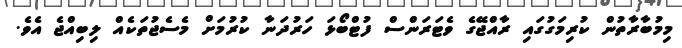
މިމުބާރާތުން ކުރިމަގުގައި ރާއްޖޭގެ ވެޓަރަންސް ފުޓްބޯޅަ ހަރުދަނާ ކުރުމަށް މެސެޖުތަކެއް ލިބިއްޖެ އެވެ.